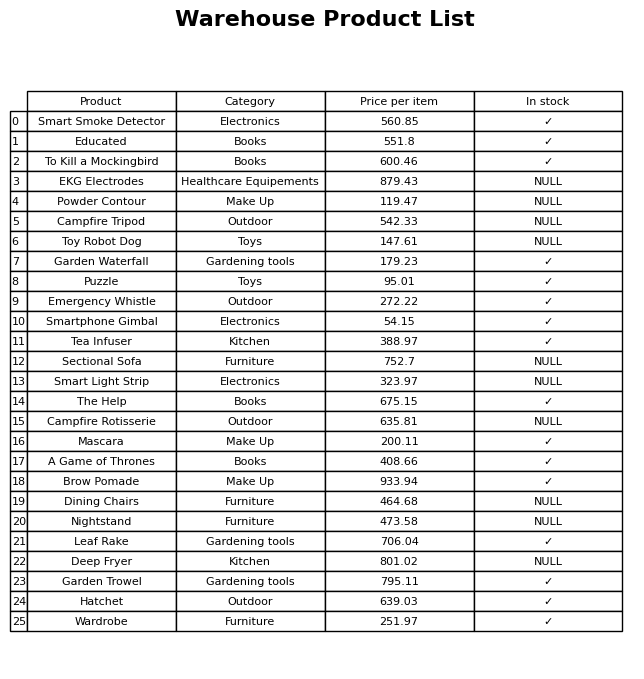
question: What is the price for The Help?
answer: The price of The Help is 675.15.